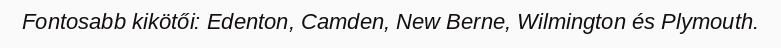
Fontosabb kikötői: Edenton, Camden, New Berne, Wilmington és Plymouth.